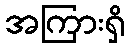
အကြားရှိ